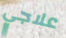
علاجي